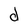
Character: d